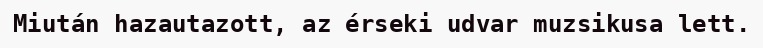
Miután hazautazott, az érseki udvar muzsikusa lett.